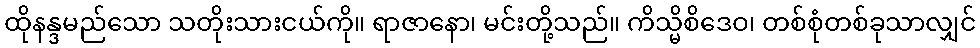
ထိုနန္ဒမည်သော သတိုးသားငယ်ကို။ ရာဇာနော၊ မင်းတို့သည်။ ကိသ္မိစိဒေဝ၊ တစ်စုံတစ်ခုသာလျှင်